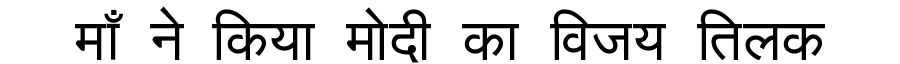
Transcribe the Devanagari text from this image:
माँ ने किया मोदी का विजय तिलक